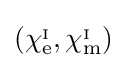
\left(\chi _{\mathrm {e} }^{_{\mathrm {I} }},\chi _{\mathrm {m} }^{_{\mathrm {I} }}\right)